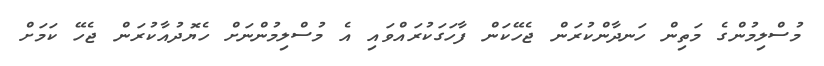
މުސްލިމުންގެ މަތިން ހަނދާންކުރަން ޖެހޭކަން ފާހަގަކުރައްވައި އެ މުސްލިމުންނަށް ހެޔޮދުއާކުރަން ޖެހޭ ކަމަށް